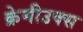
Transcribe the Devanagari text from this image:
क्रेमीउक्स